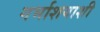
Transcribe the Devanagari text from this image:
गर्भाशयाशी